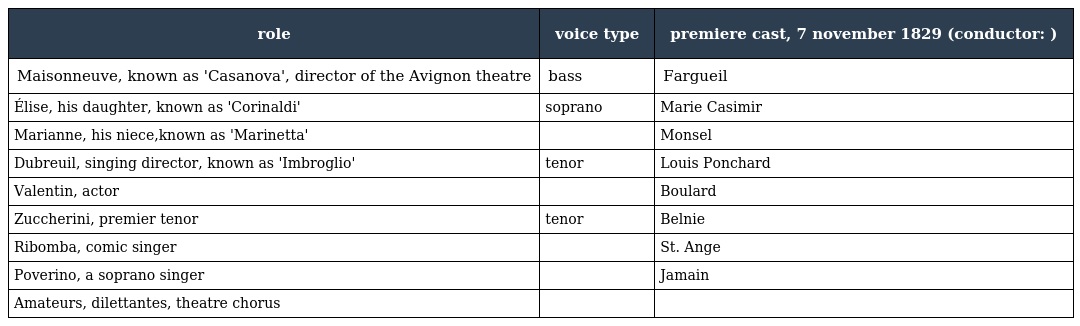
| role | voice type | premiere cast, 7 november 1829 (conductor: ) |
 | --- | --- | --- |
 | Maisonneuve, known as 'Casanova', director of the Avignon theatre | bass | Fargueil |
 | Élise, his daughter, known as 'Corinaldi' | soprano | Marie Casimir |
 | Marianne, his niece,known as 'Marinetta' |  | Monsel |
 | Dubreuil, singing director, known as 'Imbroglio' | tenor | Louis Ponchard |
 | Valentin, actor |  | Boulard |
 | Zuccherini, premier tenor | tenor | Belnie |
 | Ribomba, comic singer |  | St. Ange |
 | Poverino, a soprano singer |  | Jamain |
 | Amateurs, dilettantes, theatre chorus |  |  |